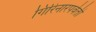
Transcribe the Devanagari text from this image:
गिरिनारपर्वती